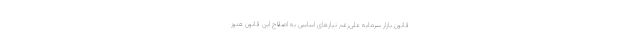
قانون بازار سرمایه علی‌رغم نیازهای اساسی به اصلاح این قانون هنوز